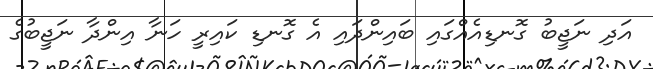
އަދި ނަޖީބު ގޮނޑިއެއްގައި ބައިންދައި އެ ގޮނޑި ކައިރީ ހަނާ އިންދާ ނަޖީބުގެ